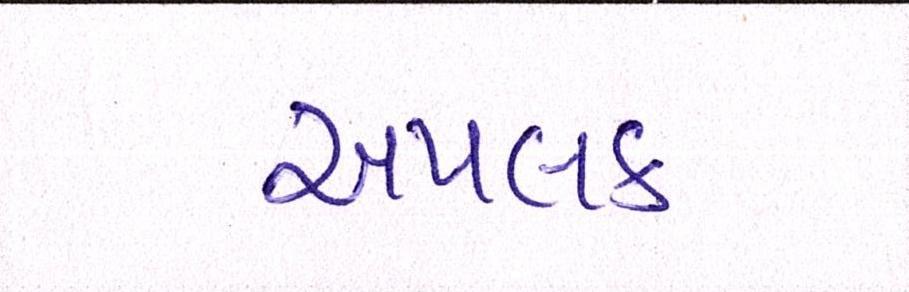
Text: અપલક